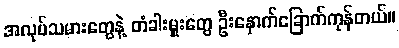
အလုပ်သမားတွေနဲ့ တံခါးမှူးတွေ ဦးနှောက်ခြောက်ကုန်တယ်။